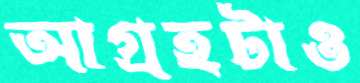
আগ্রহটাও